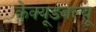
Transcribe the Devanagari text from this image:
केक्यूडबल्यू